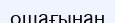
ошағынан